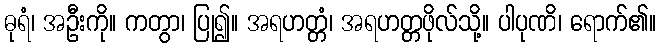
ဓုရံ၊ အဦးကို။ ကတွာ၊ ပြု၍။ အရဟတ္တံ၊ အရဟတ္တဖိုလ်သို့။ ပါပုဏိ၊ ရောက်၏။